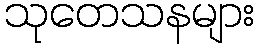
သုတေသနများ